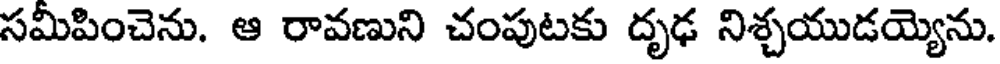
సమీపించెను. ఆ రావణుని చంపుటకు దృఢ నిశ్చయుడయ్యెను.